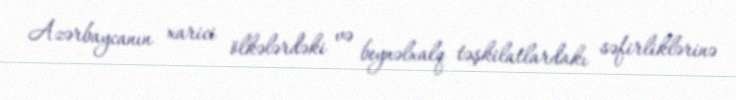
Azərbaycanın xarici ölkələrdəki və beynəlxalq təşkilatlardakı səfirliklərinə